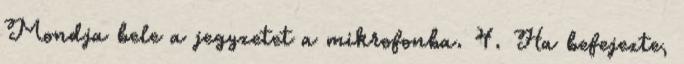
Mondja bele a jegyzetet a mikrofonba. 4. Ha befejezte,